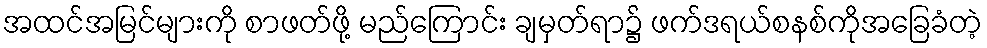
အထင်အမြင်များကို စာဖတ်ဖို့ မည်ကြောင်း ချမှတ်ရာ၌ ဖက်ဒရယ်စနစ်ကိုအခြေခံတဲ့